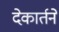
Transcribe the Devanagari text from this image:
देकार्तने